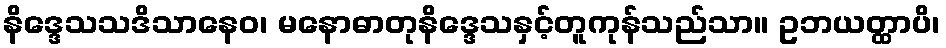
နိဒ္ဒေသသဒိသာနေဝ၊ မနောဓာတုနိဒ္ဒေသနှင့်တူကုန်သည်သာ။ ဥဘယတ္ထာပိ၊